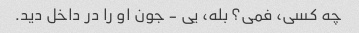
چه کسی، فمی؟ بله، یی - جون او را در داخل دید.